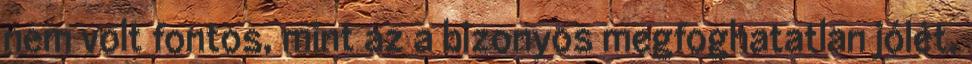
nem volt fontos, mint az a bizonyos megfoghatatlan jólét,